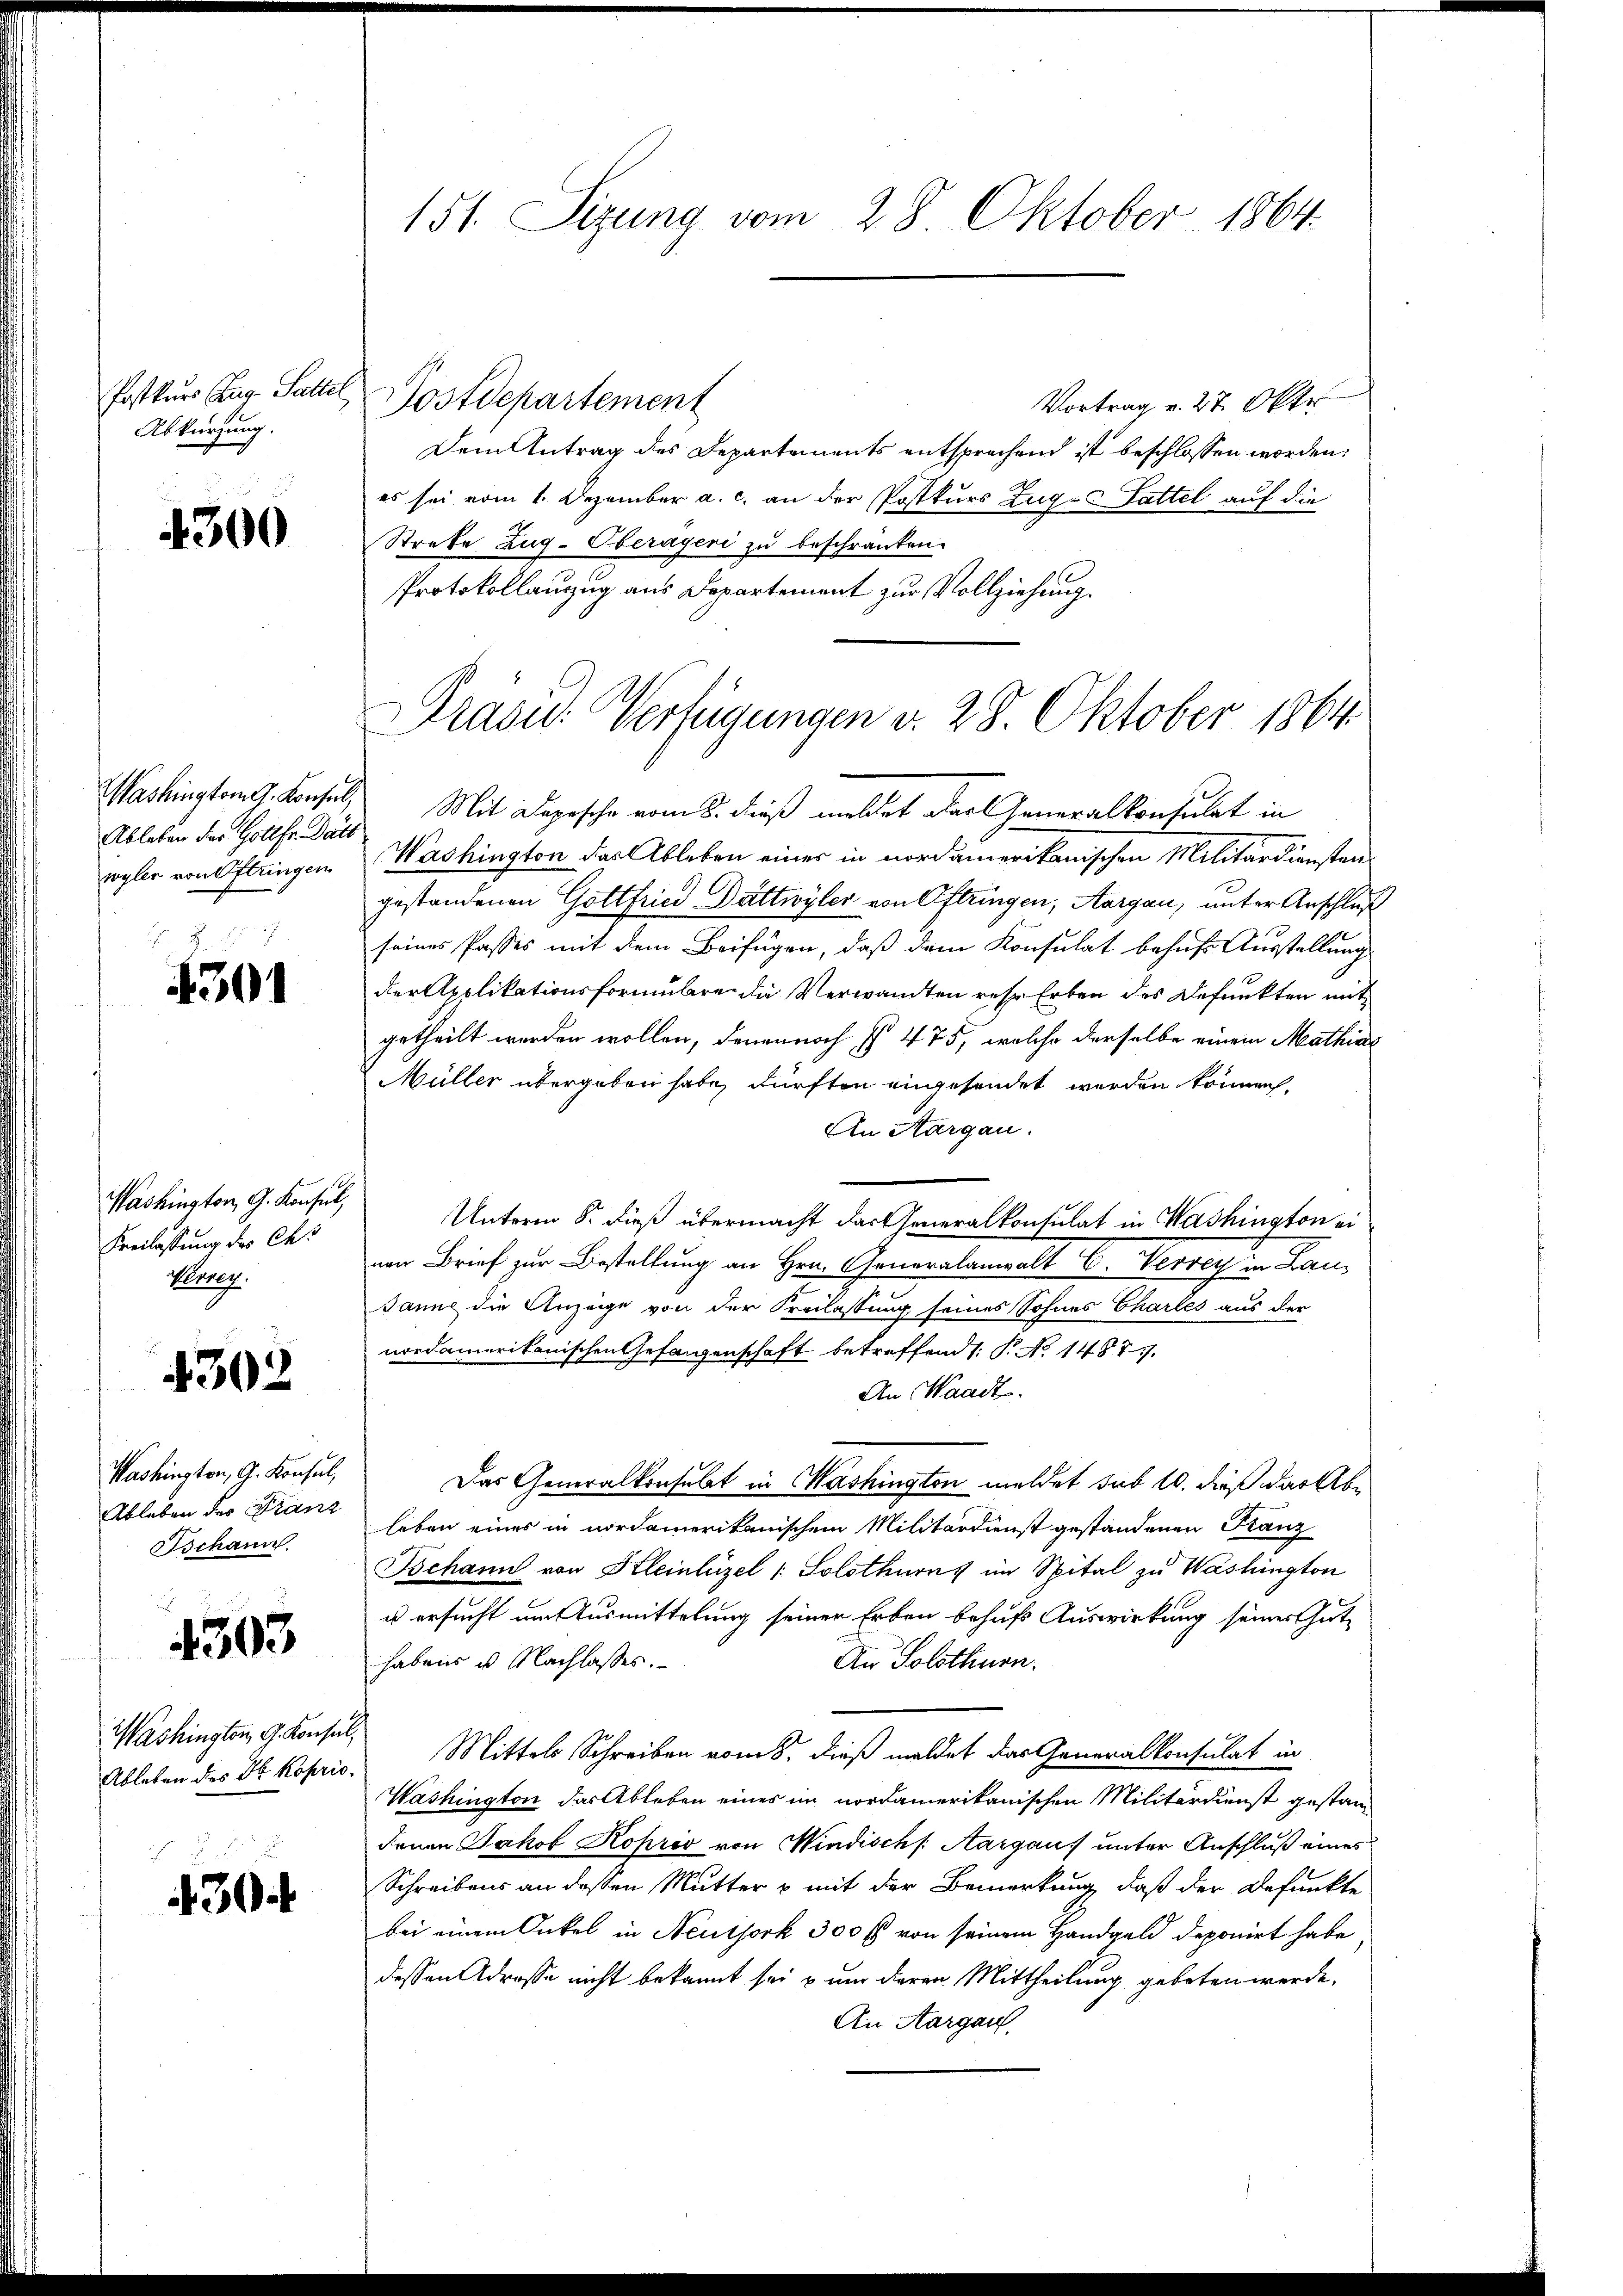
Postkurs Zug. Satter
Abkürzung.

4300

Washington G. Konsul,
Ableben der Gottfr. Datt
wyler von Oftringen
5

4301

Washington, G. Konsul,
Freilassung des Ch
Verweg.

4302

Washington, G. Konsul,
Ableben der Franz
Ischann
d

Washington, G. Konsul,
Ableben des Dr. Koprio.

4303

430.

151. Sizung vom 28. Oktober 1864.

Postdepartement
Vortrag v. 27. Okto
Dem Antrag des Departements entsprechend ist beschlossen worden.
es sei vom 1. Dezember a. c. an der Postkurs Zug- Fattel auf die
Strete Zug-Oberayeri zu beschränken.
Protokollanzug aus Departement zur Vollziehung.

Präsid.: Verfügungen v. 28. Oktober 1864

Mit Depesche vom 8. dieß meldet das Generalkonsulat in
Washington das Ableben einer in nordamerikanischen Militärdiensten
gestandenen Gottfried Dättwyler von Oftringen, Aargau, unter Anschluß
seines Passes mit dem Beifügen, daß dem Konsulat behufs Ausstellung
der Apolikationsformulare die Verwandten rese Erben des Befunkten mit
getheilt werden wollen, denen noch § 475, welche derselbe einem Mathias
Müller übergeben habe, dürften angesendet werden können.
An Aargau.
Unterm 8. dieß übermacht das Generalkontulat in Washington eivon Brief zur Bestellung an Hrn. Generalanwalt C. Verren in Lan
Janne die Anzeige von der Freilassung seines Sohnes Charles aus der
nordamerikanischen Gefangenschaft betreffend /: P. No 14877.
An Waadt.
Das Generalkonsulat in Washington meldet sub 10. dieß das Abe
leben eines in nordamerikanischem Militärdienst gestandenen Kanz
Bchann von Kleinhüzel /: Solothurns im Spital zu Washington
u ersucht am Ausmittelung seiner Erben behufs Auswirkung seiner Guthabens u Nachlasses.
An Solothurn.
Mittels Schreiben vom 8. dieß meldet das Generalkonsulat in
Washington das Ableben eines im nordamerikanischen Militärdienst gestandenen Jakob Koprio von Windischs. Aargau unter Anschluß eines
Schreibens an dessen Mutter & mit der Bemerkung, daß der Befunkte
bei einem Onkel in Neuthork 300 fl von seinem Handgeld deponirt habe
dessen Adresse nicht bekannt sei & um dieren Mittheilung gebeten werde.
An Aargau